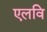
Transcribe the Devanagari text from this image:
एलवि